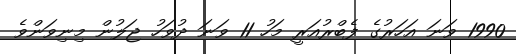
1990 ވަނަ އަހަރުގެ ފެބްރުއަރީ މަހު 11 ވަނަ ދުވަހު ޖަލުން މިނިވަންވެ